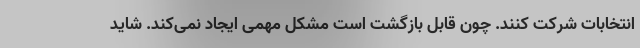
انتخابات شرکت کنند. چون قابل بازگشت است مشکل مهمی ایجاد نمی‌کند. شاید